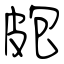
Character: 皰